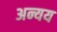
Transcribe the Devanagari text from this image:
अन्यय